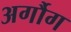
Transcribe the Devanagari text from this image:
अर्गौग